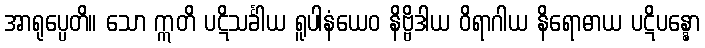
အာရုပ္ပေတိ။ သော ဣတိ ပဋိသင်္ခါယ ရူပါနံယေဝ နိဗ္ဗိဒါယ ဝိရာဂါယ နိရောဓာယ ပဋိပန္နော